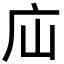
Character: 𢇢